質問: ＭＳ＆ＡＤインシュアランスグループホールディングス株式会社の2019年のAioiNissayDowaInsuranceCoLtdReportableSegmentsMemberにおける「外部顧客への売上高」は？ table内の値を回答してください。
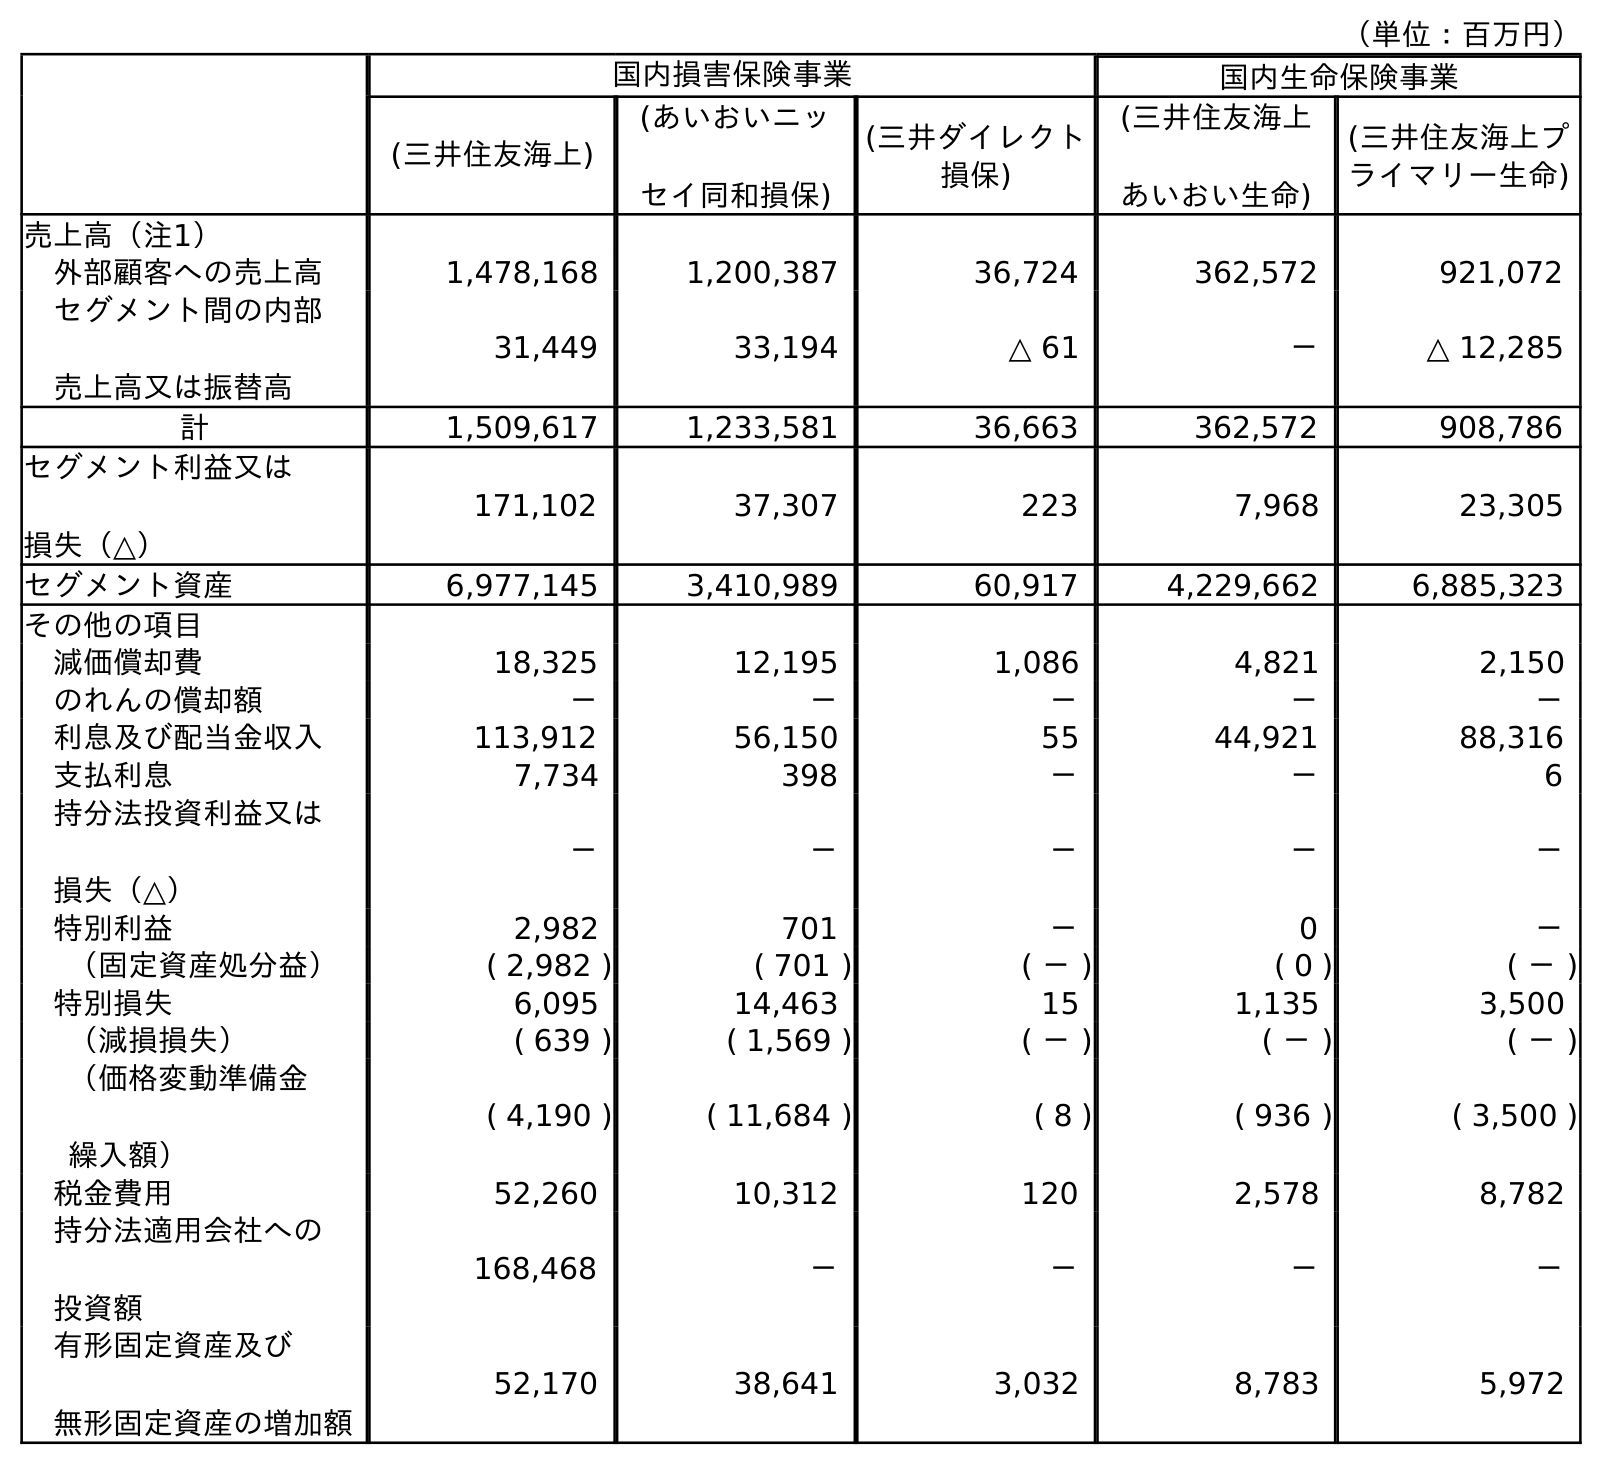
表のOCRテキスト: （単位：百万円） 国内損害保険事業 国内生命保険事業 (三井住友海上) (あいおいニッ セイ同和損保) (三井ダイレクト 損保) (三井住友海上 あいおい生命) (三井住友海上プ ライマリー生命) 売上高（注1） 外部顧客への売上高 1,478,168 1,200,387 36,724 362,572 921,072 セグメント間の内部 売上高又は振替高 31,449 33,194 △ 61 － △ 12,285 計 1,509,617 1,233,581 36,663 362,572 908,786 セグメント利益又は 損失（△） 171,102 37,307 223 7,968 23,305 セグメント資産 6,977,145 3,410,989 60,917 4,229,662 6,885,323 その他の項目 減価償却費 18,325 12,195 1,086 4,821 2,150 のれんの償却額 － － － － － 利息及び配当金収入 113,912 56,150 55 44,921 88,316 支払利息 7,734 398 － － 6 持分法投資利益又は 損失（△） － － － － － 特別利益 2,982 701 － 0 － （固定資産処分益） ( 2,982 ) ( 701 ) ( － ) ( 0 ) ( － ) 特別損失 6,095 14,463 15 1,135 3,500 （減損損失） ( 639 ) ( 1,569 ) ( － ) ( － ) ( － ) （価格変動準備金 繰入額） ( 4,190 ) ( 11,684 ) ( 8 ) ( 936 ) ( 3,500 ) 税金費用 52,260 10,312 120 2,578 8,782 持分法適用会社への 投資額 168,468 － － － － 有形固定資産及び 無形固定資産の増加額 52,170 38,641 3,032 8,783 5,972
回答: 1,200,387